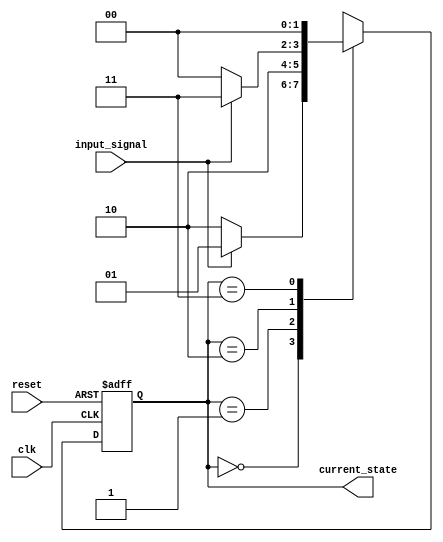
module FSM (
    input wire clk,
    input wire reset,
    input wire input_signal,
    output reg [1:0] current_state
);

parameter S0 = 2'b00;
parameter S1 = 2'b01;
parameter S2 = 2'b10;
parameter S3 = 2'b11;

always @(posedge clk or posedge reset) begin
    if (reset) begin
        current_state <= S0;
    end else begin
        case (current_state)
            S0: begin
                if (input_signal) begin
                    current_state <= S1;
                end else begin
                    current_state <= S2;
                end
            end
            S1: begin
                current_state <= S2;
            end
            S2: begin
                if (input_signal) begin
                    current_state <= S3;
                end else begin
                    current_state <= S0;
                end
            end
            S3: begin
                current_state <= S0;
            end
            default: begin
                current_state <= S0;
            end
        endcase
    end
end

endmodule